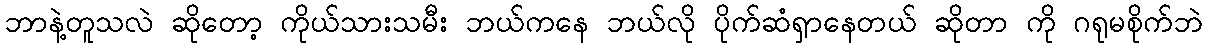
ဘာနဲ့တူသလဲ ဆိုတော့ ကိုယ်သားသမီး ဘယ်ကနေ ဘယ်လို ပိုက်ဆံရှာနေတယ် ဆိုတာ ကို ဂရုမစိုက်ဘဲ